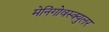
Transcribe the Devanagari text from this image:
मेनिंगोवस्क्युलर